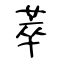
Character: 萃